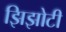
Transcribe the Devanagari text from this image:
झिझोटी